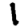
Digit: 1